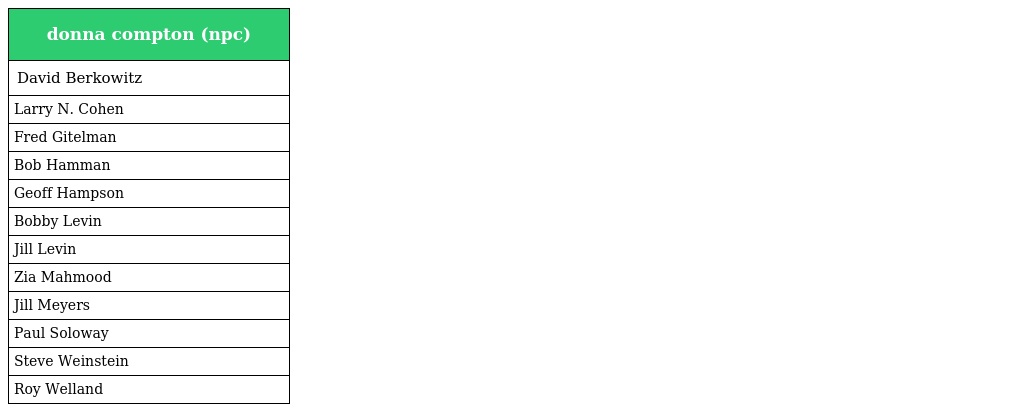
| donna compton (npc) |
 | --- |
 | David Berkowitz |
 | Larry N. Cohen |
 | Fred Gitelman |
 | Bob Hamman |
 | Geoff Hampson |
 | Bobby Levin |
 | Jill Levin |
 | Zia Mahmood |
 | Jill Meyers |
 | Paul Soloway |
 | Steve Weinstein |
 | Roy Welland |